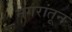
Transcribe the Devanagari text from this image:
नगरांतून